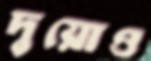
দুয়োও